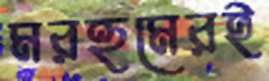
মরহুমেরই